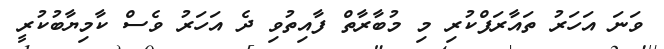
ވަނަ އަހަރު ތައާރަފްކުރި މި މުބާރާތް ފާއިތުވި ދެ އަހަރު ވެސް ކާމިޔާބުކުރީ